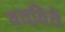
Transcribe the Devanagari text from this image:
वदविते